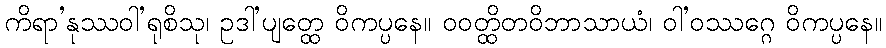
ကိရာ’နုဿဝါ’ရုစိသု၊ ဥဒါ’ပျတ္ထေ ဝိကပ္ပနေ။ ဝဝတ္ထိတဝိဘာသာယံ၊ ဝါ’ဝဿဂ္ဂေ ဝိကပ္ပနေ။